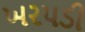
ખરપડી